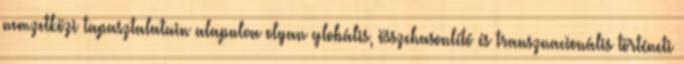
nemzetközi tapasztalatain alapulva olyan globális, összehasonlító és transznacionális történeti